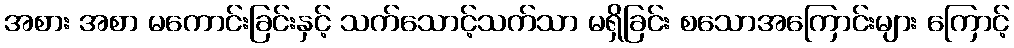
အစား အစာ မကောင်းခြင်းနှင့် သက်သောင့်သက်သာ မရှိခြင်း စသောအကြောင်းများ ကြောင့်